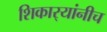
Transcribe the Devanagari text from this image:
शिकार्‍यांनीच